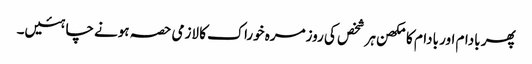
پھر بادام اور بادام کا مکھن ہر شخص کی روزمرہ خوراک کا لازمی حصہ ہونے چاہئیں۔